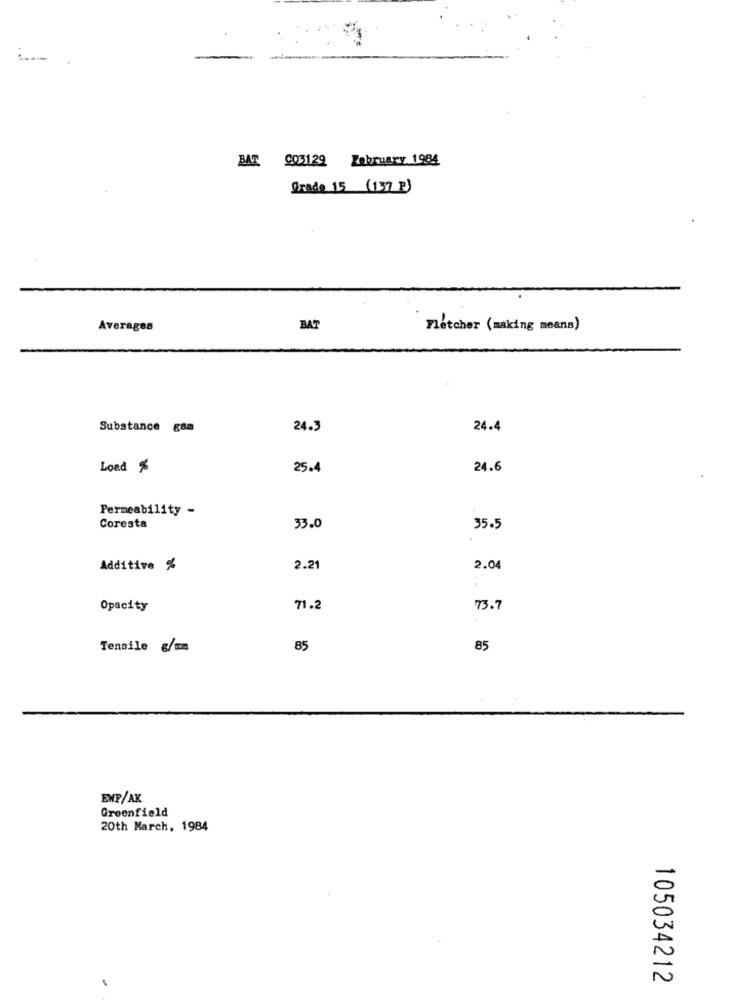
BAT 003129 February 1984
Grade 15 (137 )
Averages
BAT
Fletcher (making means)
Substance gam
24.3
24.4
Load %
25.4
24.6
Permeability -
Coresta
33.0
35.5
Additive %
2.21
2.04
Opacity
71.2
73.7
Tensile /=
85
85
EWF/AK
Greenfield
20th March, 1984
105034212